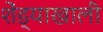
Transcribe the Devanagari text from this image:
शेंड्याखाली